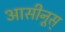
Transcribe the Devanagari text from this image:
आसीनूस्